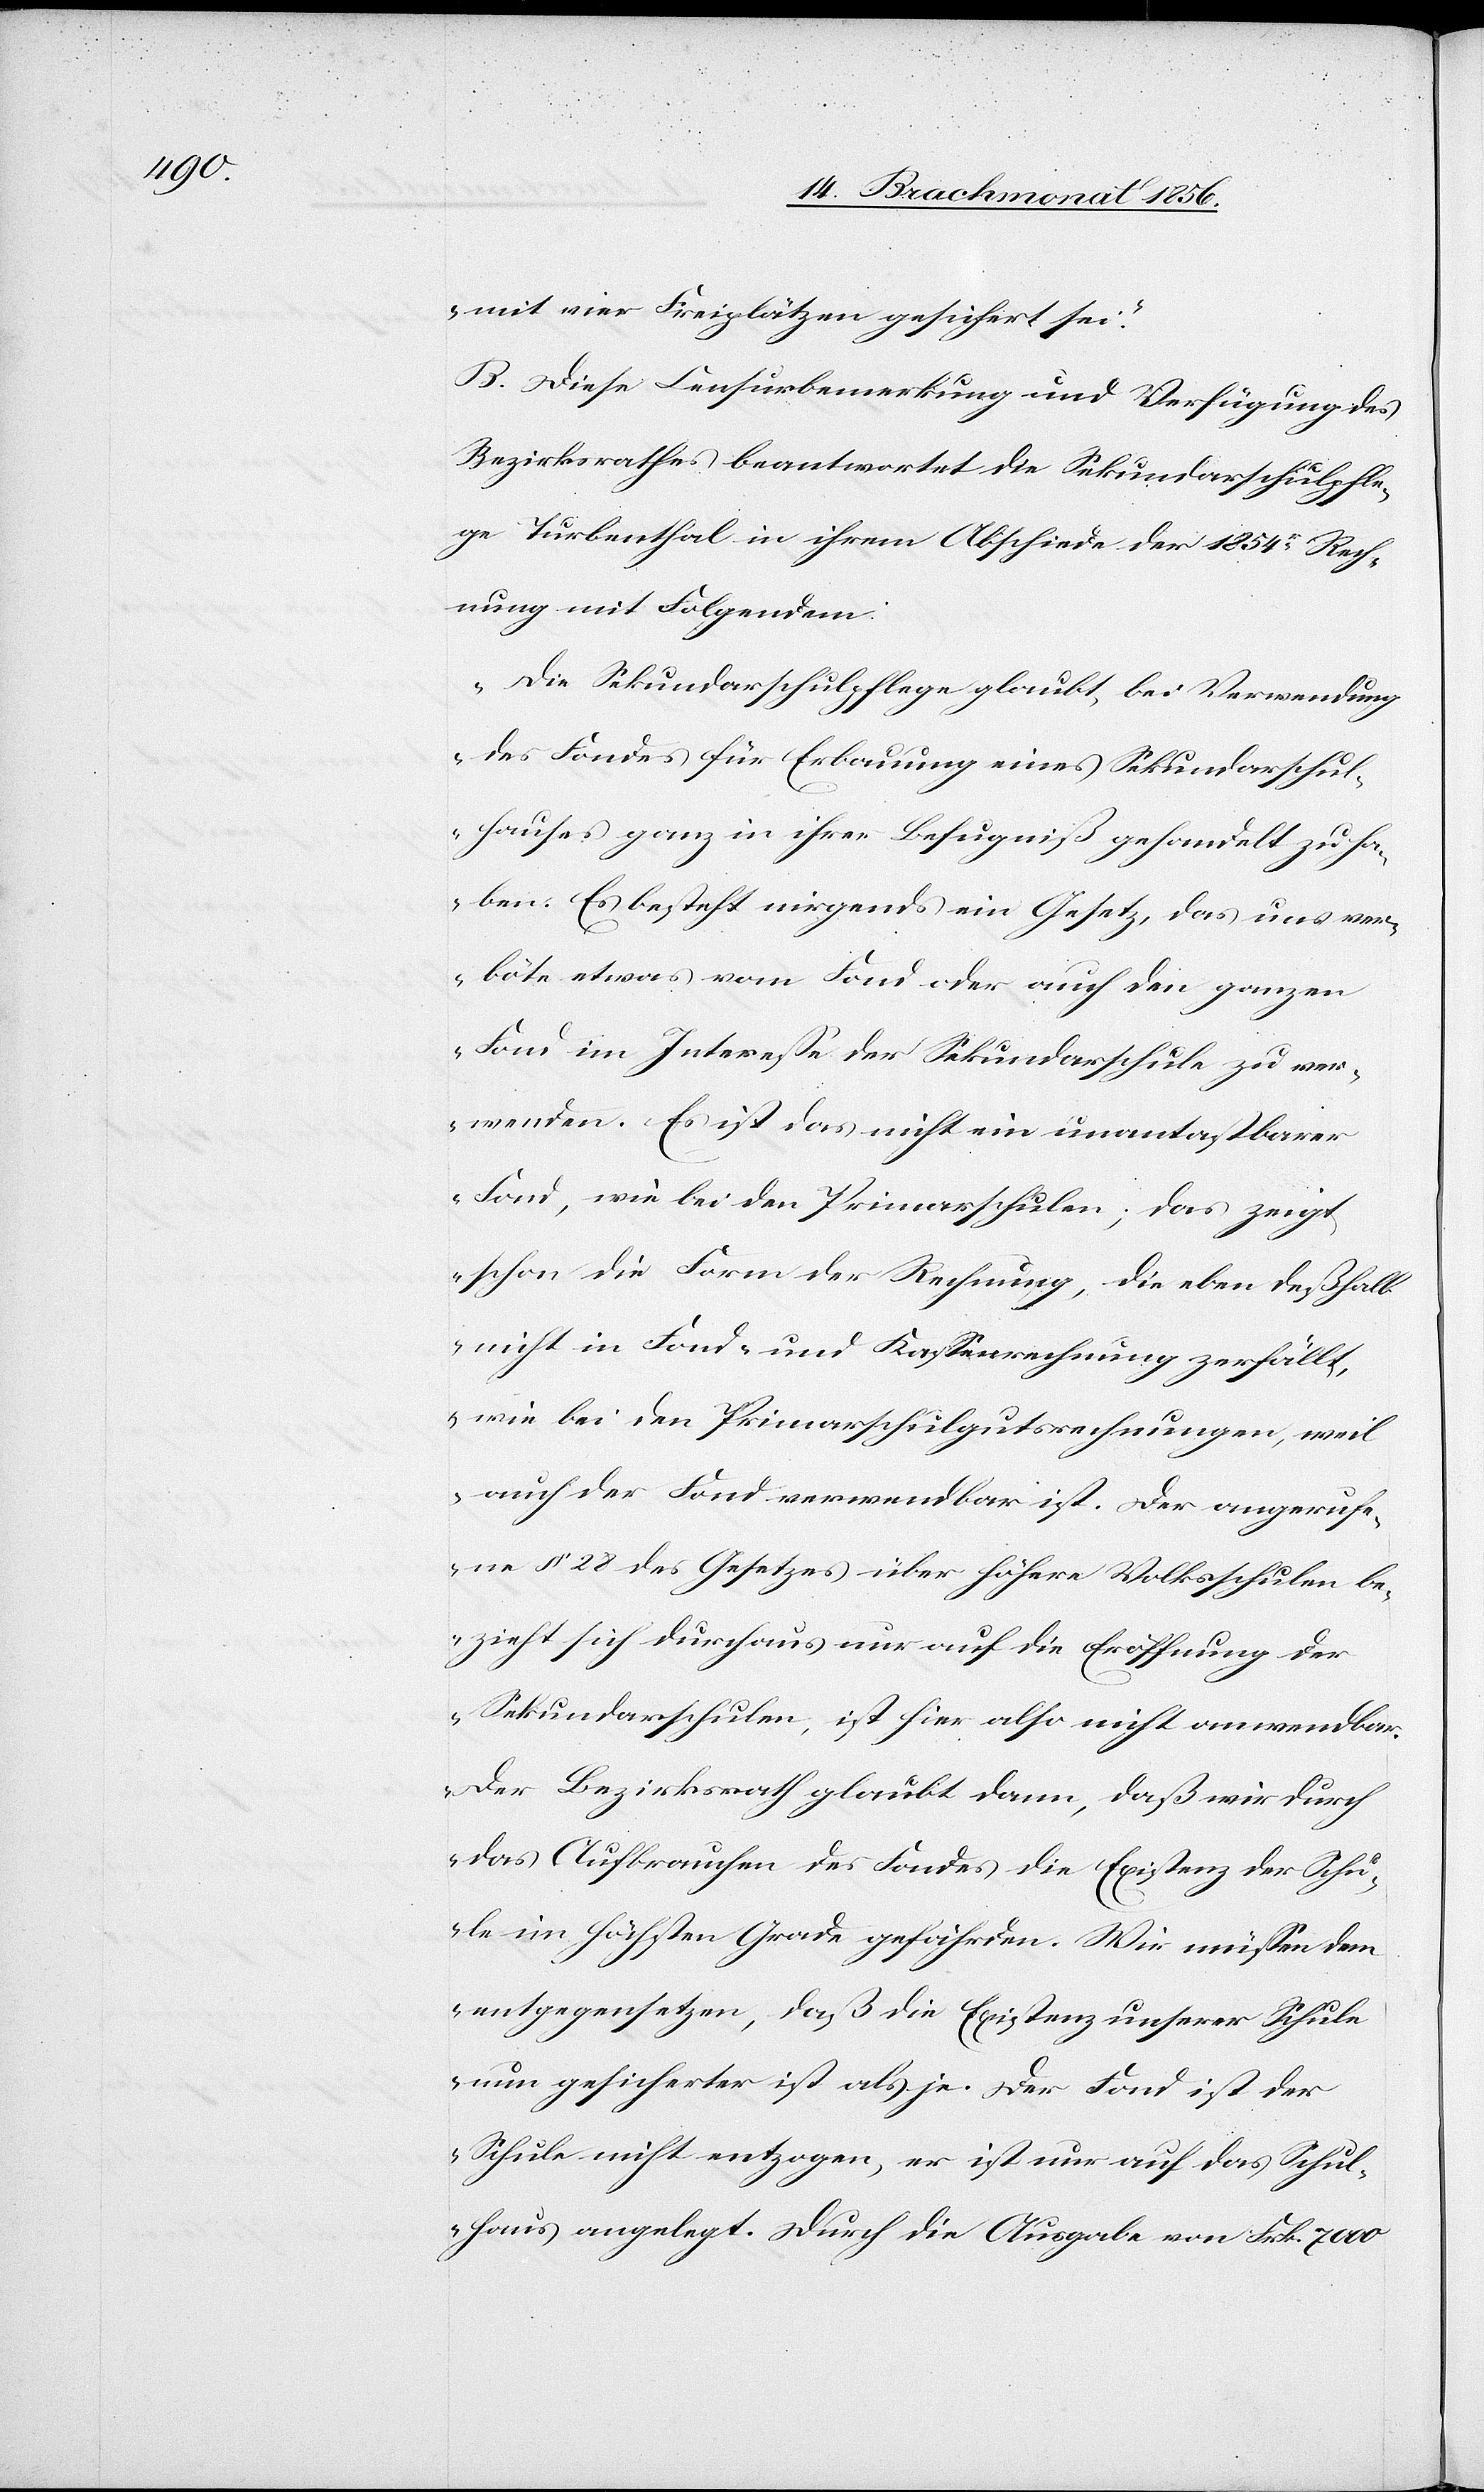
mit vier Freiplätzen gesichert sei."
B. Diese Censurbemerkung und Verfügung des
Bezirksrathes beantwortet die Sekundarschulpfle¬
ge Turbenthal in ihrem Abschiede der 1854r Rech¬
nung mit Folgendem:
"Die Sekundarschulpflege glaubt, bei Verwendung
des Fondes für Erbauung eines Sekundarschul¬
hauses ganz in ihrer Befugniß gehandelt zu ha¬
ben. Es besteht nirgends ein Gesetz, das uns ver¬
böte etwas vom Fond oder auch den ganzen
Fond im Interesse der Sekundarschule zu ver¬
wenden. Es ist das nicht ein unantastbarer
Fond, wie bei den Primarschulen; das zeigt
schon die Form der Rechnung, die eben deßhalb
nicht in Fond- und Kassenrechnung zerfällt,
wie bei den Primarschulgutsrechnungen, weil
auch der Fond verwendbar ist. Der angerufe¬
ne § 28 des Gesetzes über höhere Volksschulen be¬
zieht sich durchaus nur auf die Eröffnung der
Sekundarschulen, ist hier also nicht anwendbar.
Der Bezirksrath glaubt dann, daß wir durch
das Aufbrauchen des Fonds die Existenz der Schu¬
le im höchsten Grade gefährden. Wir müssen dem
entgegensetzen, daß die Existenz unserer Schule
nun gesicherter ist als je. Der Fond ist der
Schule nicht entzogen, er ist nur auf das Schul¬
haus angelegt. Durch die Ausgabe von Frk. 7000